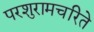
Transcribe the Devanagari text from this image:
परशुरामचरिते